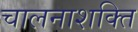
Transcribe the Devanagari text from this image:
चालनाशक्ति